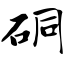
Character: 硐